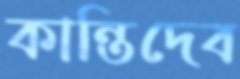
কান্তিদেব